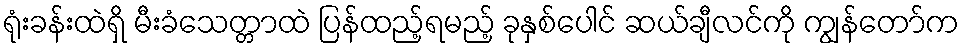
ရုံးခန်းထဲရှိ မီးခံသေတ္တာထဲ ပြန်ထည့်ရမည့် ခုနှစ်ပေါင် ဆယ်ချီလင်ကို ကျွန်တော်က